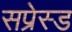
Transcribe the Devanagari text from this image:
सप्रेस्ड